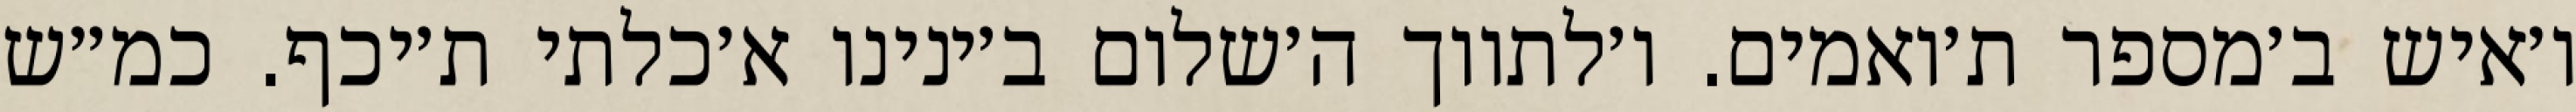
ו׳איש ב׳מספר ת׳ואמים. ו׳לתווך ה׳שלום ב׳ינינו א׳כלתי ת׳יכף. כמ״ש